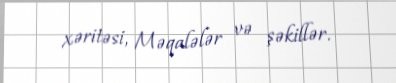
xəritəsi, Məqalələr və şəkillər.